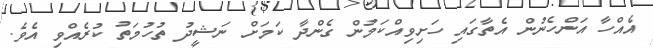
އެއްހާ އަންހެނުން އެތާގައި ހަށިވިއްކަމުން ގެންދާ ކަމަށް ނަޝީދު ތުހުމަތު ކުރެއްވި އެވެ.